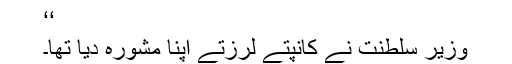
‘‘
وزیر سلطنت نے کانپتے لرزتے اپنا مشورہ دیا تھا۔